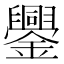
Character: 𨯜